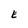
Character: E